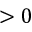
> 0